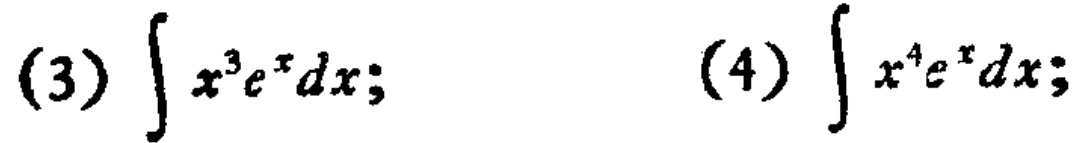
(3) \(\int x^{3}e^{x}dx;\)
(4) \(\int x^{4}e^{x}dx;\)